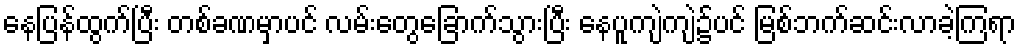
နေပြန်ထွက်ပြီး တစ်ခဏမှာပင် လမ်းတွေခြောက်သွားပြီး နေပူကျဲကျဲ၌ပင် မြစ်ဘက်ဆင်းလာခဲ့ကြရာ